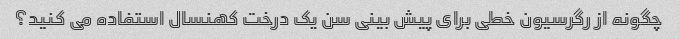
چگونه از رگرسیون خطی برای پیش بینی سن یک درخت کهنسال استفاده می کنید؟